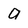
Character: a